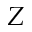
Z